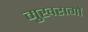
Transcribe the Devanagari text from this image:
मुखरागों